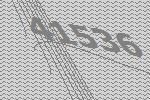
41536